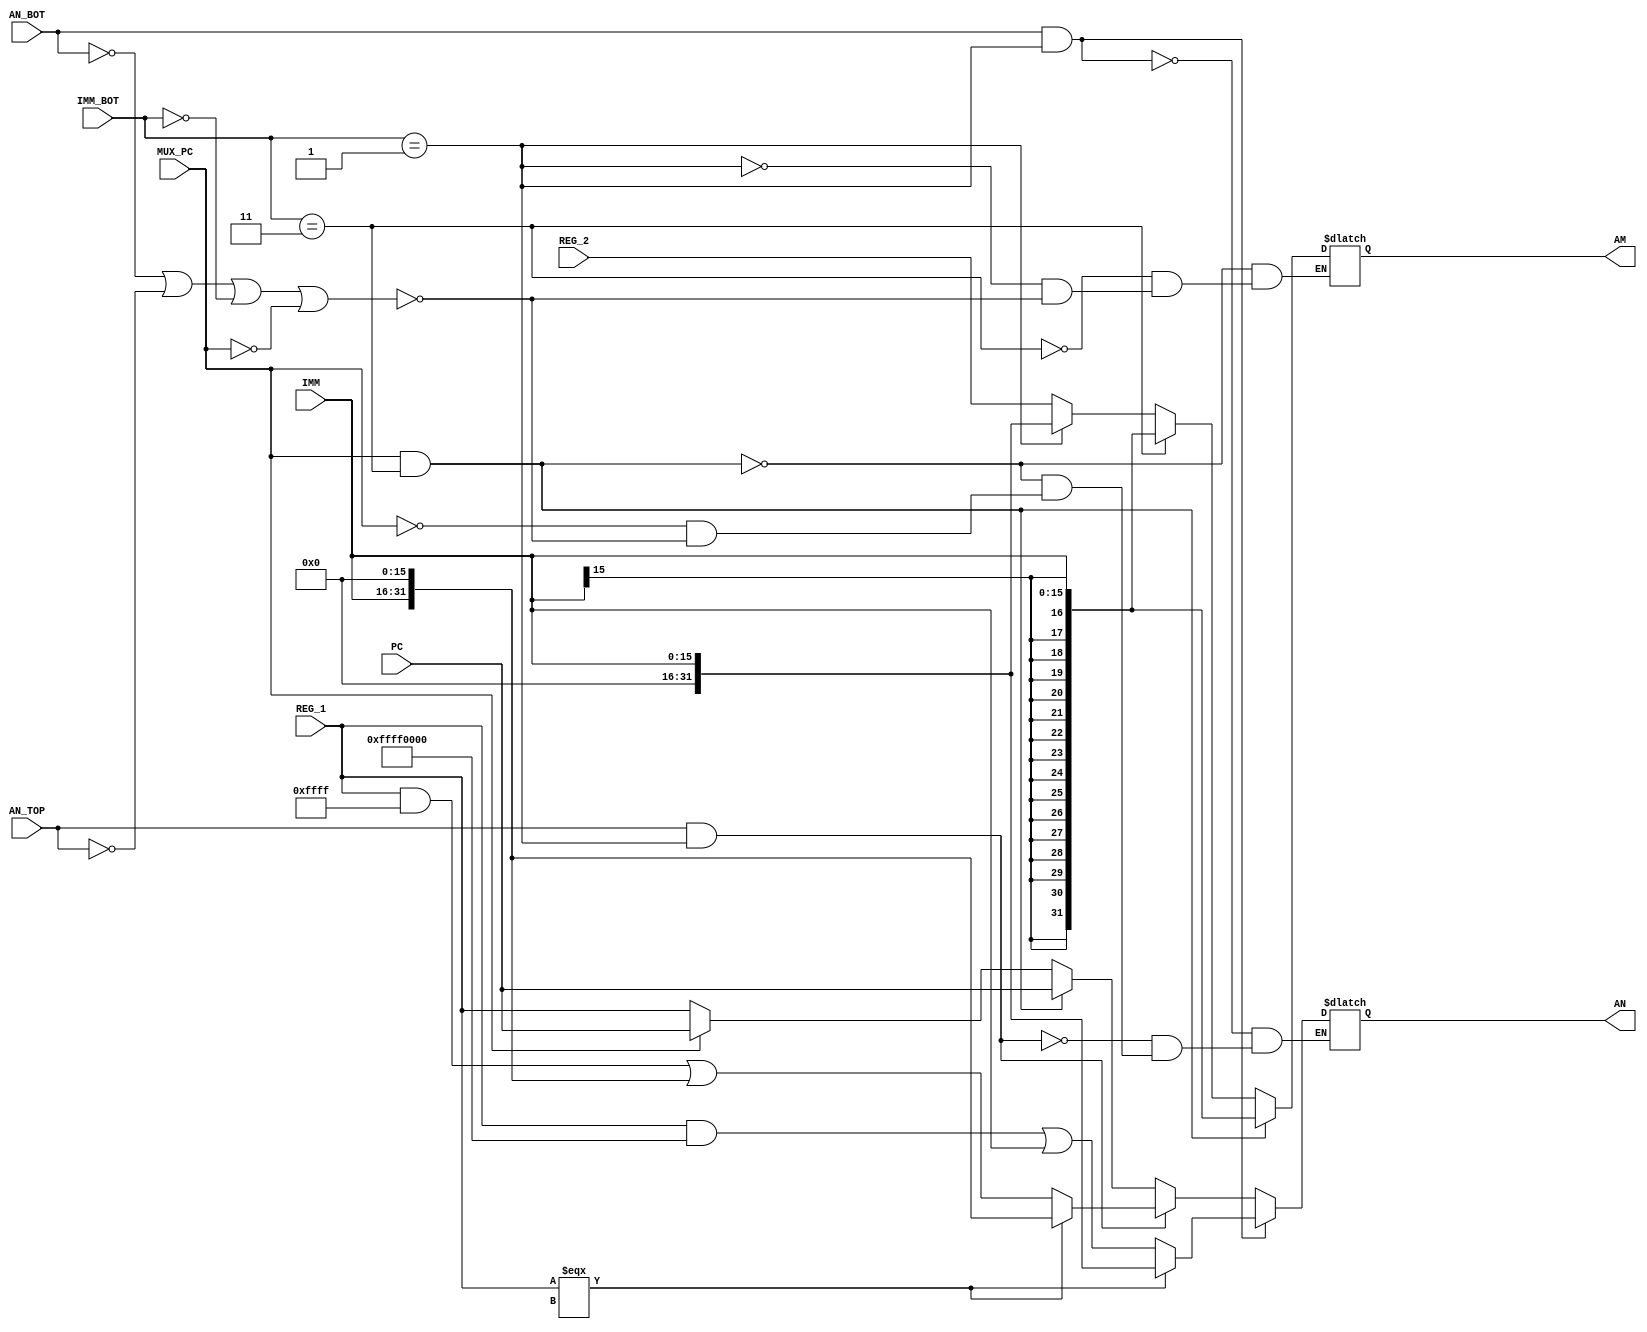
module DataPath 
(
    input [31:0] PC,     //Program Counter value is used in cases of branching which gets sent to ALU
    input [31:0] REG_1,  //Contains data from register bank
    input [31:0] REG_2,
    input [15:0] IMM,    //16 bit immediate value that gets extended to 32 bits prior to ALU
    input AN_BOT,        //Identifies a MOV instruction in which the immediate value gets padded with 0's on the LHS
    input AN_TOP,        //Identifies a MOVT instruction in which the immediate value gets padded with 0's on the RHS
    input [1:0] IMM_BOT, //Identifies if an immediate has been passed and if it requires a sign extension(11) or not(01)
    input MUX_PC,        //Determines whether the program counter should be passed to ALU or not
    output reg [31:0] AN,//Sends the first operand value to ALU
    output reg [31:0] AM //Sends the second operand value to ALU
);

always @(*) begin
    if (!AN_BOT || !AN_TOP || !IMM_BOT || !MUX_PC ) begin //Default applies the data values from register bank to be sent to ALU
        AN = REG_1;
        AM = REG_2;
    end 
     if (IMM_BOT == 2'b01) begin //Extends 16 bit immediate value to 32 bits and pads MSB with 0's
        AM = {16'h0000 , IMM};
    end 
    if (IMM_BOT == 2'b11) begin //Sign extends 16 bit immediate value to 32 bits
        AM = {{16{IMM[15]}} , IMM};
    end 
     if (MUX_PC) begin //If high then assign operand 1 value of ALU as the program counter
        AN = PC;
    end 
     if (MUX_PC && (IMM_BOT == 2'b11)) begin //If a conditional branch or relative branch then assign both operand values of ALU to program counter and immediate value
        AN = PC;
        AM = {{16{IMM[15]}} , IMM};
    end 
    if (AN_TOP && (IMM_BOT == 2'b01)) begin // MOVT
        if(REG_1 === 'hx) begin
          AN = {IMM, 16'h0000};
        end
        else begin
        AN = (REG_1 & 32'h0000FFFF) | {IMM, 16'h0000};
        end
    end
    if (AN_BOT && (IMM_BOT == 2'b01)) begin // MOV
        if(REG_1 === 'hx) begin
        AN = {16'h0000, IMM};
        end
        else begin
        AN = (REG_1 & 32'hFFFF0000) | {16'h0000, IMM};  
        end
    end
end
endmodule